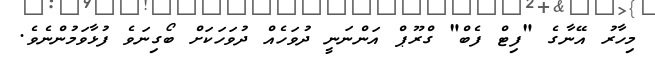
މިހާރު އޭނާގެ "ފިޓް ފެބް" ގްރޫޕް އަންނަނީ ދުވަހެއް ދުވަހަކަށް ބޯގިނަވެ ފުޅާވަމުންނެވެ.